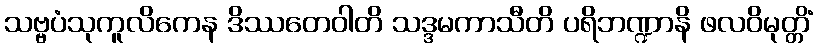
သဗ္ဗပံသုကူလိကေန ဒိဿတေဝါတိ သဒ္ဒမကာသီတိ ပရိဘဏ္ဍာနိ ဖလဝိမုတ္တိံ